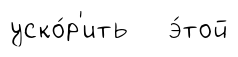
уско́р'ить э́той